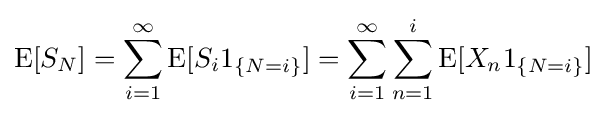
\operatorname {E} [S_{N}]=\sum _{i=1}^{\infty }\operatorname {E} [S_{i}1_{\{N=i\}}]=\sum _{i=1}^{\infty }\sum _{n=1}^{i}\operatorname {E} [X_{n}1_{\{N=i\}}]